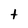
Character: t